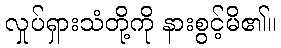
လှုပ်ရှားသံတို့ကို နားစွင့်မိ၏။